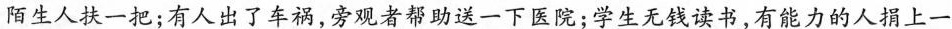
陌生人扶一把；有人出了车祸，旁观者帮助送一下医院；学生无钱读书，有能力的人捐上一